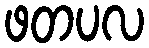
ဖတပလ